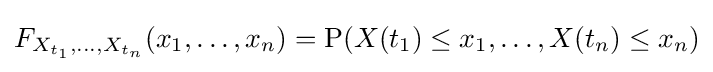
F_{X_{t_{1}},\ldots ,X_{t_{n}}}(x_{1},\ldots ,x_{n})=\mathrm {P} (X(t_{1})\leq x_{1},\ldots ,X(t_{n})\leq x_{n})